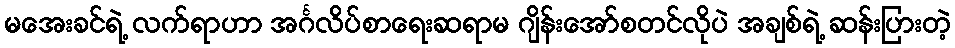
မအေးခင်ရဲ့ လက်ရာဟာ အင်္ဂလိပ်စာရေးဆရာမ ဂျိန်းအော်စတင်လိုပဲ အချစ်ရဲ့ ဆန်းပြားတဲ့